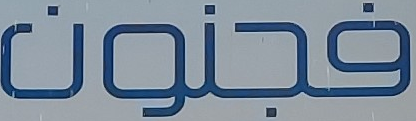
فجنون